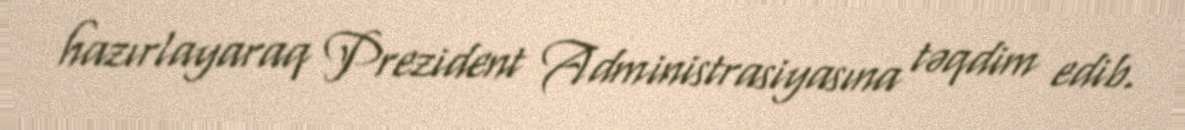
hazırlayaraq Prezident Administrasiyasına təqdim edib.